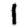
Digit: 1